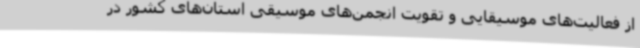
از فعالیت‌های موسیقایی و تقویت انجمن‌های موسیقی استان‌های کشور در